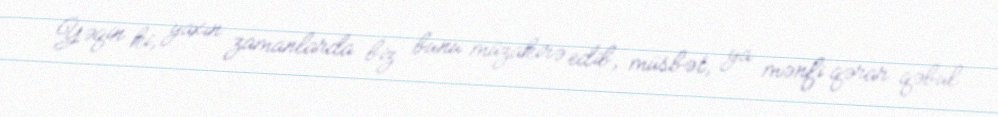
Yəqin ki, yaxın zamanlarda biz bunu müzakirə edib, müsbət, ya mənfi qərar qəbul